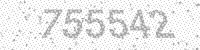
Solution: 755542